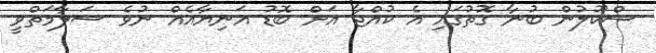
ސްކޫލުން ބުނާ ގޮތުގައި އެ ކުއްޖާ އަށް ބޮޑު އަނިޔާއެއް ނުވެ ސަލާމަތްވީ